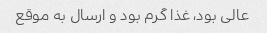
عالی بود، غذا گرم بود و ارسال به موقع